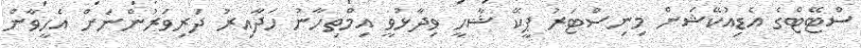
ސްޓޭޓްގެ އެޑިއުކޭޝަން މިިނިސްޓަރު ޕީކޭ ޝާހީ ވިދާޅުވީ އިމްތިހާނު ހަދާއިރު ދަރިވަރުންނަށް އެހީވާން